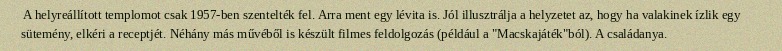
A helyreállított templomot csak 1957-ben szentelték fel. Arra ment egy lévita is. Jól illusztrálja a helyzetet az, hogy ha valakinek ízlik egy sütemény, elkéri a receptjét. Néhány más művéből is készült filmes feldolgozás (például a "Macskajáték"ból). A családanya.